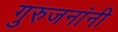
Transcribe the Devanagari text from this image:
गुरुजनांनी